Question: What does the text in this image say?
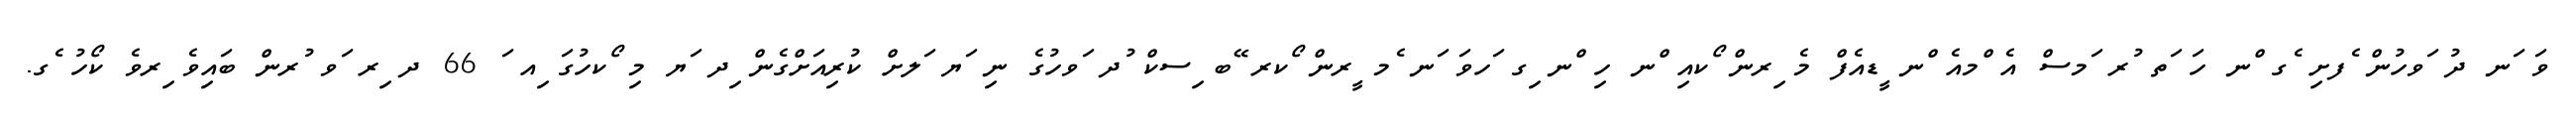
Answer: ވަ ަނ ދު ަވހުން ެފށި ެގ ްނ ހަ ަތ ުރ ަމސް އެ ްމއެ ްނ ީޑއެފް މެ ިރން ޯކއި ްނ ހި ްނ ިގ ަހވަ ަނ ެމ ީރން ޯކރ ޭބ ިސކް ުދ ަވހުގެ ނި ަޔ ަލށް ކުރިއަށްގެން ިދ ަޔ މި ޯކހުގަ ިއ ަ 66 ދ ިރ ަވ ުރން ބައިވެ ިރވެ ކޯހު ެގ.